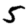
Digit: 5